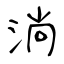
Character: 淌